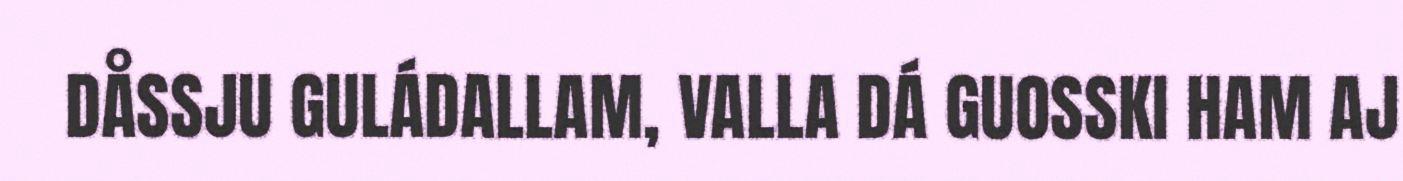
DÅSSJU GULÁDALLAM, VALLA DÁ GUOSSKI HAM AJ